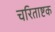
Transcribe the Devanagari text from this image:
चरिताष्टक